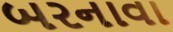
બરનાવા